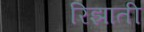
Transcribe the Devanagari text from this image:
रिझाती